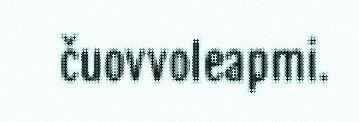
čuovvoleapmi.